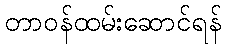
တာဝန်ထမ်းဆောင်ရန်